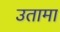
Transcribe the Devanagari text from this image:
उतामा